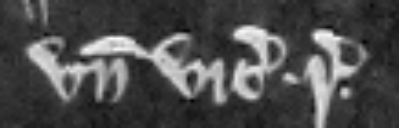
unde vicecomes respondeat.